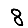
Digit: 8